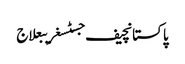
پاکستانچیف جسٹسغریبعلاج